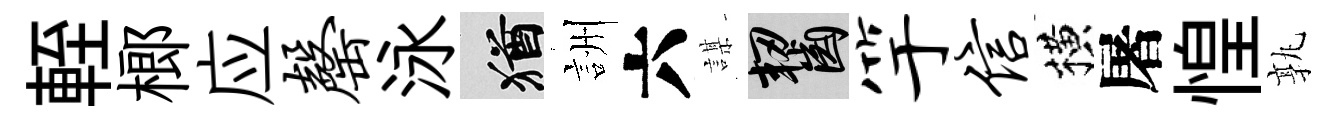
輊榔应罄泳酒詶六謀齧竽信横屠惶孰